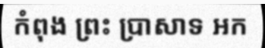
កំពុង ព្រះ ប្រាសាទ អក